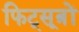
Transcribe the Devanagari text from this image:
फिट्सूत्रों